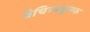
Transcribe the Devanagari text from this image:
वैचित्र्यमूलक